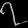
Digit: ၇